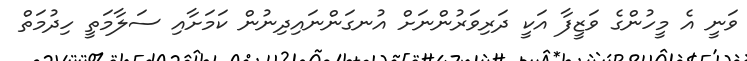
ވަނީ އެ މީހުންގެ ވަޒީފާ އަކީ ދަރިވަރުންނަށް އުނގަންނައިދިނުން ކަމަށާއި ސަލާމަތީ ހިދުމަތް